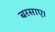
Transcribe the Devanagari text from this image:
बरसाए।